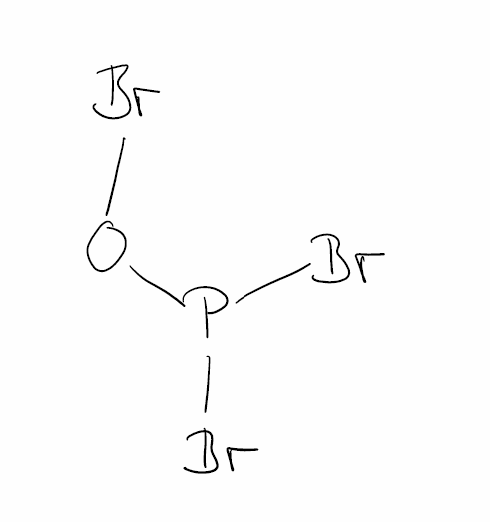
Simplified molecular-input line-entry system (SMILES) notation of the given molecule:
O(P(Br)Br)Br